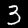
Digit: 3